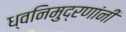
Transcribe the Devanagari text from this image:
ध्वनिमुद्रणांनी